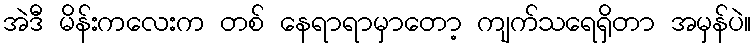
အဲဒီ မိန်းကလေးက တစ် နေရာရာမှာတော့ ကျက်သရေရှိတာ အမှန်ပဲ။